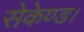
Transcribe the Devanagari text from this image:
सेकेण्ड।